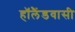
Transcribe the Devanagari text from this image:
हॉलैंडवासी